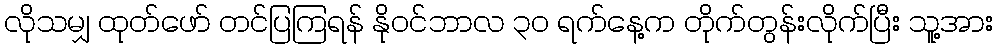
လိုသမျှ ထုတ်ဖော် တင်ပြကြရန် နိုဝင်ဘာလ ၃၀ ရက်နေ့က တိုက်တွန်းလိုက်ပြီး သူ့အား